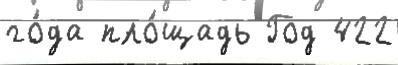
го́да пло́щадь Год 422